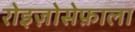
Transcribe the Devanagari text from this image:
रोइज़ोसेफ़ाला